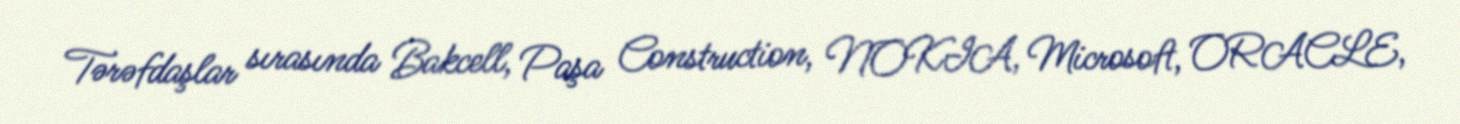
Tərəfdaşlar sırasında Bakcell, Paşa Construction, NOKIA, Microsoft, ORACLE,